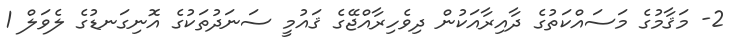
2- މަޤާމުގެ މަސައްކަތުގެ ދާއިރާއަކުން ދިވެހިރާއްޖޭގެ ޤައުމީ ސަނަދުތަކުގެ އޮނިގަނޑުގެ ލެވަލް 1